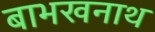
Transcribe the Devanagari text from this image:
बाभखनाथ